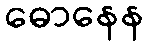
ဓောနေန